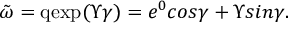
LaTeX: \tilde { \omega } = \mathrm { q e x p } ( \Upsilon \gamma ) = e ^ { 0 } c o s \gamma + \Upsilon s i n \gamma .